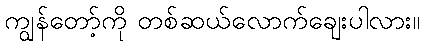
ကျွန်တော့်ကို တစ်ဆယ်လောက်ချေးပါလား။